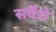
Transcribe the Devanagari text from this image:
सर्वेशे